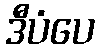
ဒီပံပေ